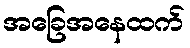
အခြေအနေထက်